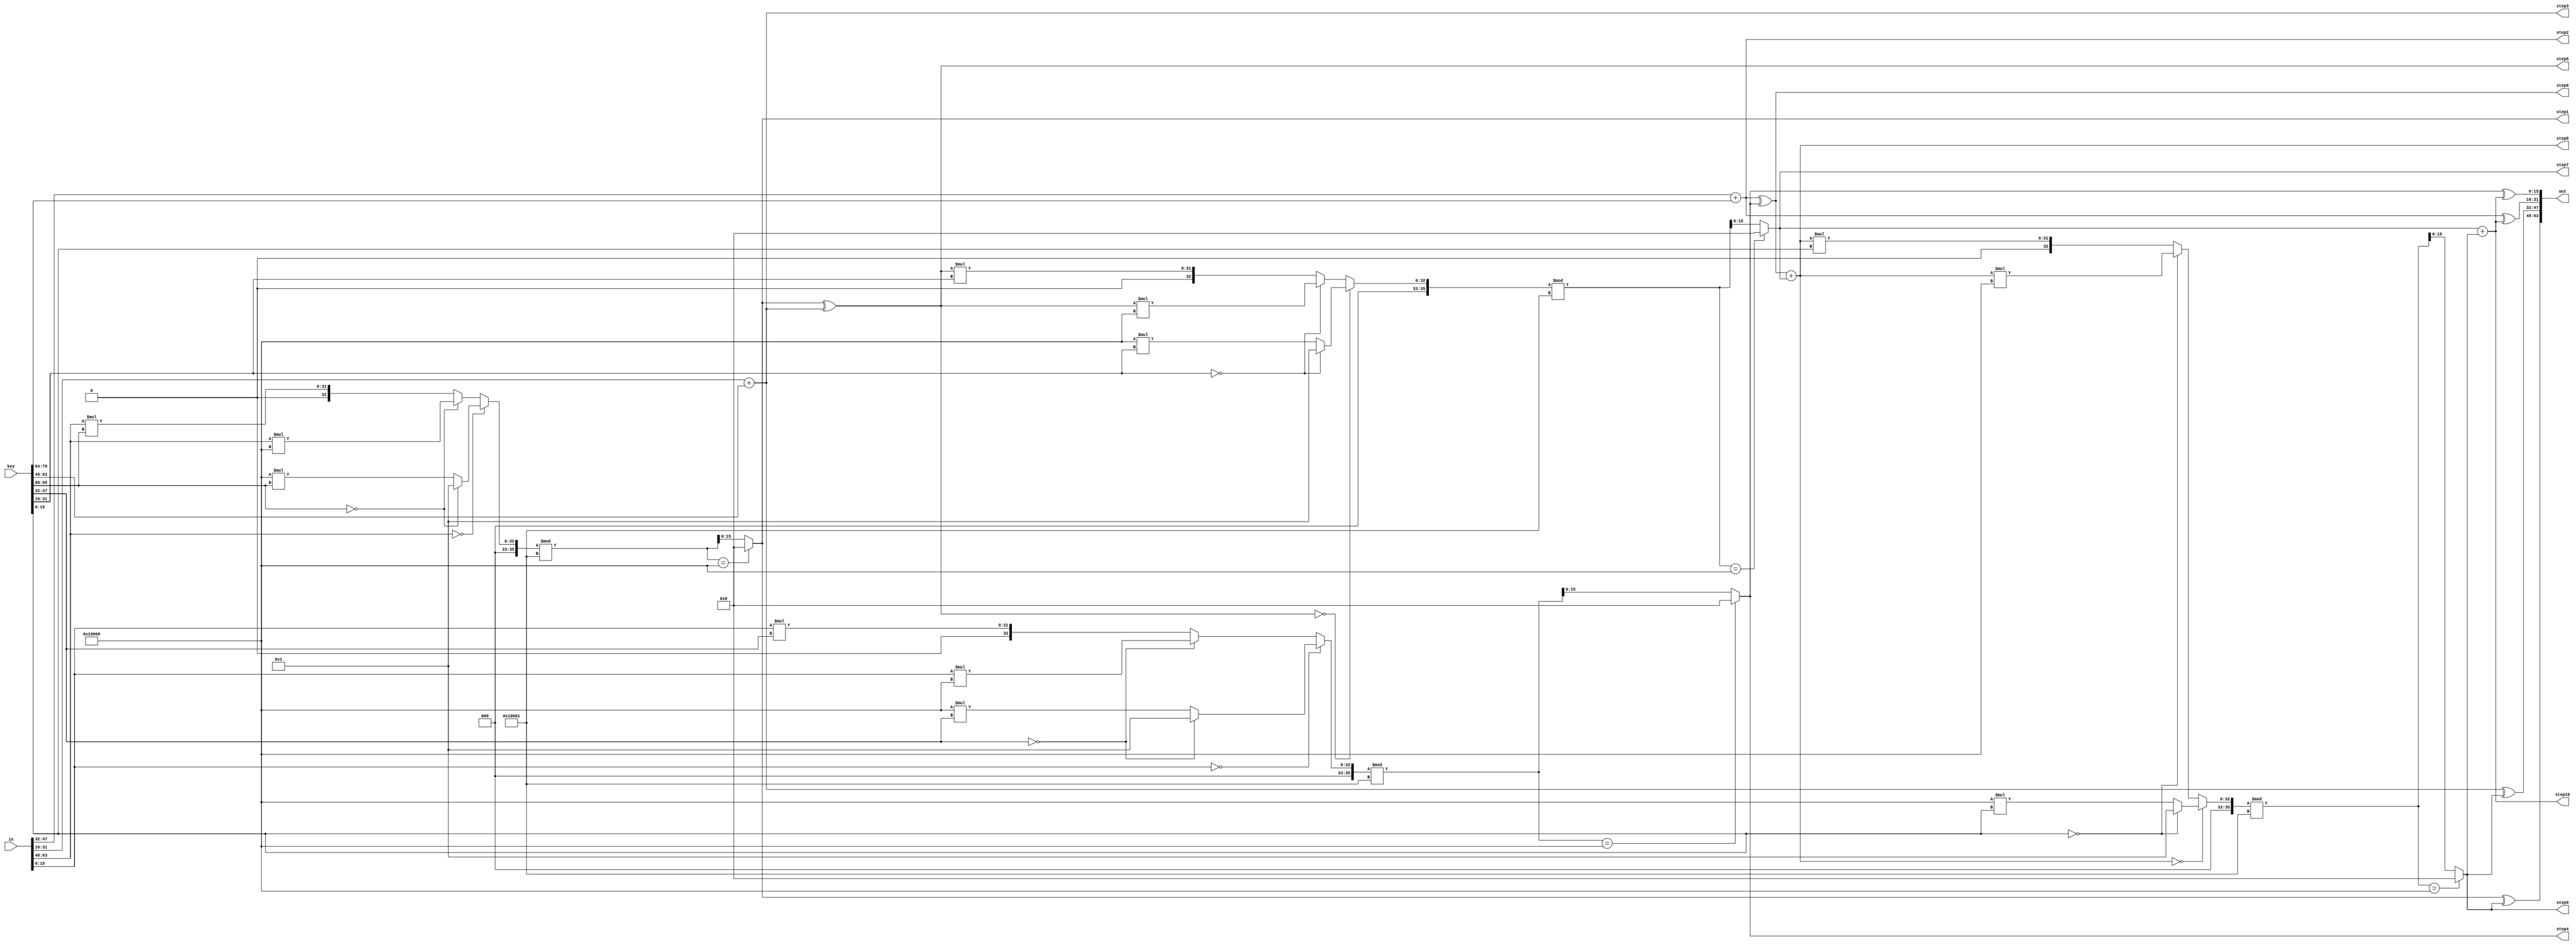
module round(in,key,out,step1, step2, step3, step4, step5, step6, step7, step8, step9, step10);
// module round(in,key,out);
input [16*4-1:0] in;
input [16*6-1:0] key;
output [16*4-1:0] out;
output[15:0] step1, step2, step3, step4, step5, step6, step7, step8, step9, step10;
wire[15:0] step1, step2, step3, step4, step5, step6, step7, step8, step9, step10;

// assign step1 =  in[0*16+15:0*16]*key[0*16+15:0*16];
assign step1 =  mul(in[3*16+15:3*16],key[5*16+15:5*16]);

assign step2 =  in[2*16+15:2*16]+key[4*16+15:4*16];
assign step3 =  in[1*16+15:1*16]+key[3*16+15:3*16];
assign step4 =  mul(in[0*16+15:0*16],key[2*16+15:2*16]);

assign step5 = step1^step3;
assign step6 = step2^step4;

assign step7 = mul(step5,key[1*16+15:1*16]);
assign step8 = step6+step7;

assign step9 = mul(step8,key[0*16+15:0*16]);
assign step10 = step7+step9;
assign out={step1^step9,step3^step9,step2^step10,step4^step10};

function [15:0]     mul ;
    input     [15:0] a ;
    input     [15:0] b ;
    reg [35:0]  temp;
    begin
        if (a==0) begin
            if (b==0) begin
                temp=1;
            end
            else begin
                temp=65536*b;
            end
        end
        else begin
            if (b==0) begin
                temp=a*65536;
            end
            else begin
                temp=a*b;
            end
        end
        temp=temp%65537;
        if(temp==65536)begin
            mul=0;
        end
        else begin
            mul=temp;
        end
    end
endfunction

endmodule